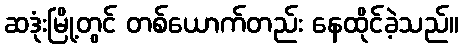
ဆဒုံးမြို့တွင် တစ်ယောက်တည်း နေထိုင်ခဲ့သည်။